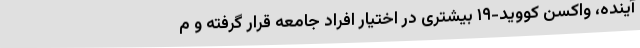
آینده، واکسن کووید-۱۹ بیشتری در اختیار افراد جامعه قرار گرفته و م